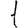
Digit: 1